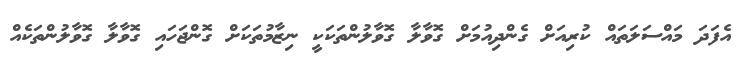
އެފަދަ މައްސަލަތައް ކުރިއަށް ގެންދިއުމަށް ގޮވާލާ ގޮވާލުންތަކަކީ ނިޒާމުތަކަށް ގޮންޖަހައި ގޮވާލާ ގޮވާލުންތަކެއް